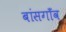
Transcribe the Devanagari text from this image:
बांसगाँव